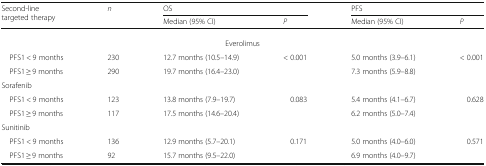
| <ROWSPAN=2> Second-line targeted therapy | <ROWSPAN=2> n | <COLSPAN=2> OS | <COLSPAN=2> PFS |
 | Median (95% CI) | P | Median (95% CI) | P |
 | --- | --- | --- | --- | --- | --- |
 | <COLSPAN=6> Everolimus |
 | PFS1 < 9 months | 230 | 12.7 months (10.5–14.9) | <ROWSPAN=2> < 0.001 | 5.0 months (3.9–6.1) | <ROWSPAN=2> < 0.001 |
 | PFS1 ≥ 9 months | 290 | 19.7 months (16.4–23.0) | 7.3 months (5.9–8.8) |
 | <COLSPAN=6> Sorafenib |
 | PFS1 < 9 months | 123 | 13.8 months (7.9–19.7) | <ROWSPAN=2> 0.083 | 5.4 months (4.1–6.7) | <ROWSPAN=2> 0.628 |
 | PFS1 ≥ 9 months | 117 | 17.5 months (14.6–20.4) | 6.2 months (5.0–7.4) |
 | <COLSPAN=6> Sunitinib |
 | PFS1 < 9 months | 136 | 12.9 months (5.7–20.1) | <ROWSPAN=2> 0.171 | 5.0 months (4.0–6.0) | <ROWSPAN=2> 0.571 |
 | PFS1 ≥ 9 months | 92 | 15.7 months (9.5–22.0) | 6.9 months (4.0–9.7) |